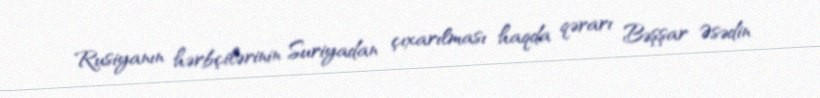
Rusiyanın hərbçilərinin Suriyadan çıxarılması haqda qərarı Bəşşar Əsədin